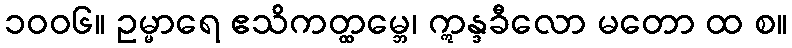
၁၀၀၆။ ဥမ္မာရေ ဧသိကတ္ထမ္ဘေ၊ ဣန္ဒခီလော မတော ထ စ။